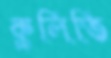
কুলিতি